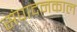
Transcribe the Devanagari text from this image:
संपादनकाल